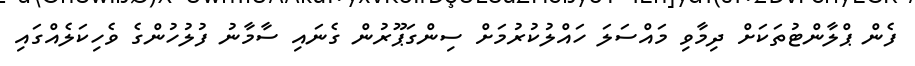
ފެން ޕްލާންޓުތަކަށް ދިމާވި މައްސަލަ ހައްލުކުރުމަށް ސިންގަޕޫރުން ގެނައި ސާމާނު ފުލުހުންގެ ވެހިކަލެއްގައި